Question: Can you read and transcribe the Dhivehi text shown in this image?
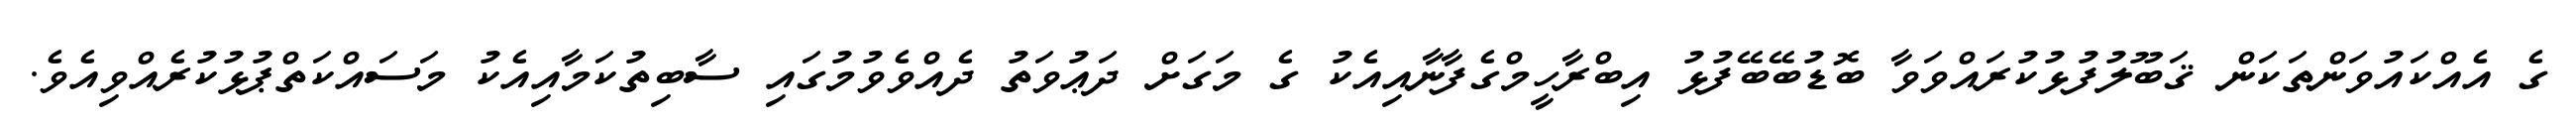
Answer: ގެ އެއްކައުވަންތަކަން ޤަބޫލުފުޅުކުރައްވަވާ ބޮޑުބޭބޭފުޅު އިބްރާހީމްގެފާނާއިއެކު ގެ މަގަށް ދަޢުވަތު ދެއްވެވުމުގައި ސާބިތުކަމާއިއެކު މަސައްކަތްޕުޅުކުރެއްވިއެވެ.